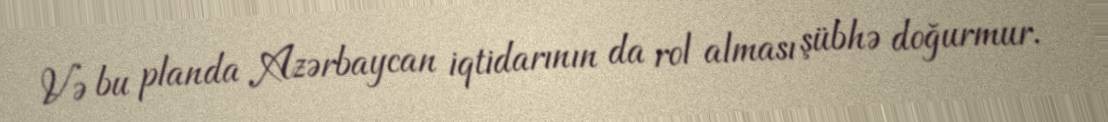
Və bu planda Azərbaycan iqtidarının da rol alması şübhə doğurmur.